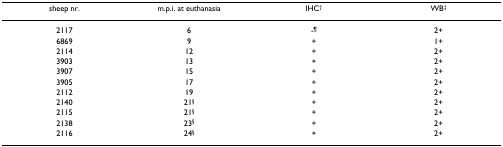
<table><thead><tr><td><b>sheep nr.</b></td><td><b>m.p.i. at euthanasia</b></td><td><b>IHC<sup>†</sup></b></td><td><b>WB<sup>‡</sup></b></td></tr></thead><tbody><tr><td>2117</td><td>6</td><td>-<sup>¶</sup></td><td>2+</td></tr><tr><td>6869</td><td>9</td><td>+</td><td>1+</td></tr><tr><td>2114</td><td>12</td><td>+</td><td>2+</td></tr><tr><td>3903</td><td>13</td><td>+</td><td>2+</td></tr><tr><td>3907</td><td>15</td><td>+</td><td>2+</td></tr><tr><td>3905</td><td>17</td><td>+</td><td>2+</td></tr><tr><td>2112</td><td>19</td><td>+</td><td>2+</td></tr><tr><td>2140</td><td>21<sup>§</sup></td><td>+</td><td>2+</td></tr><tr><td>2115</td><td>21<sup>§</sup></td><td>+</td><td>2+</td></tr><tr><td>2138</td><td>23<sup>§</sup></td><td>+</td><td>2+</td></tr><tr><td>2116</td><td>24<sup>§</sup></td><td>+</td><td>2+</td></tr></tbody></table>